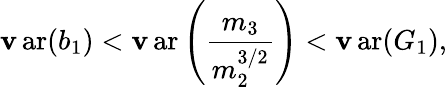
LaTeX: \operatorname{\mathbf{v}ar}(b_{1})<\operatorname{\mathbf{v}ar}\left({\frac{{m_{3}}}{{m_{2}^{3/2}}}}\right)<\operatorname{\mathbf{v}ar}(G_{1}),